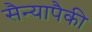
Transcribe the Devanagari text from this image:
सैन्यापैकी